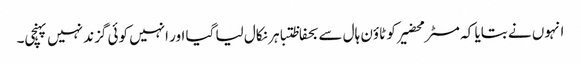
انہوں نے بتایا کہ مسٹر محضیرکو ٹاؤن ہال سے بحفاظتباہر نکال لیا گیا اور انہیں کوئی گزند نہیں پہنچی۔